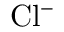
\mathrm { C l ^ { - } }